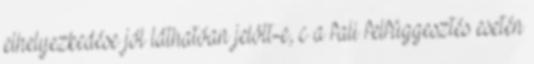
elhelyezkedése jól láthatóan jelölt-e, c a fali felfüggesztés esetén